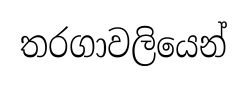
තරගාවලියෙන්